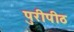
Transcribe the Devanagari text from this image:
पुरीपीठ